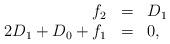
LaTeX: \begin{align*} \begin{array}{rcl} f_{2}&=&D_{1}\\ 2D_{1}+D_{0}+f_{1}&=&0, \end{array}\end{align*}